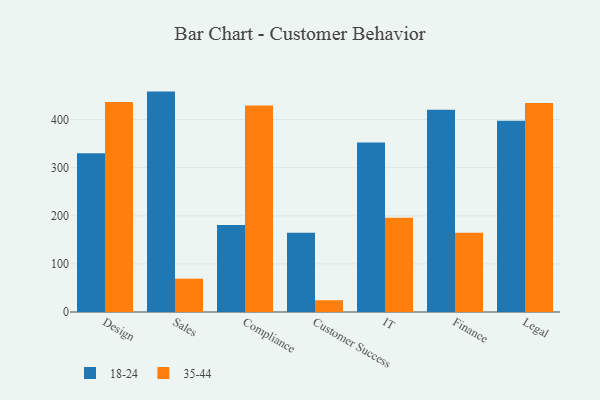
{"axis": {"x": "Department", "y": "Latency (ms)"}, "legend": ["18-24", "35-44"], "data": [{"x": "Design", "y": 329.9, "type": "18-24"}, {"x": "Design", "y": 436.8, "type": "35-44"}, {"x": "Sales", "y": 458.2, "type": "18-24"}, {"x": "Sales", "y": 69.3, "type": "35-44"}, {"x": "Compliance", "y": 180.7, "type": "18-24"}, {"x": "Compliance", "y": 429.4, "type": "35-44"}, {"x": "Customer Success", "y": 164.5, "type": "18-24"}, {"x": "Customer Success", "y": 24.5, "type": "35-44"}, {"x": "IT", "y": 352.6, "type": "18-24"}, {"x": "IT", "y": 195.9, "type": "35-44"}, {"x": "Finance", "y": 420.6, "type": "18-24"}, {"x": "Finance", "y": 164.9, "type": "35-44"}, {"x": "Legal", "y": 397.8, "type": "18-24"}, {"x": "Legal", "y": 434.7, "type": "35-44"}]}